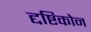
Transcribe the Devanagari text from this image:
द्दष्टिकोन